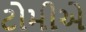
ટોમીએ